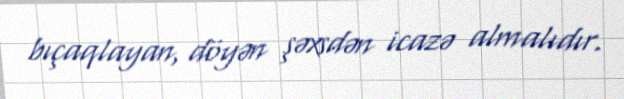
bıçaqlayan, döyən şəxsdən icazə almalıdır.